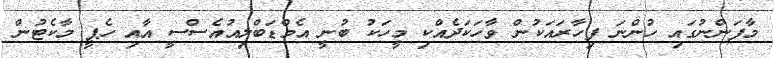
މާފަންނުގައި ހުންނަ ފިހާރައަކުން ވާހަކަދެއްކި މީހަކު ބުނީ އެމްޑަބްލިއުއެސްސީ އާއި ހެޕީ މާކެޓުން